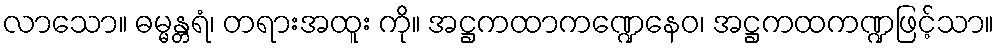
လာသော။ ဓမ္မန္တရံ၊ တရားအထူး ကို။ အဋ္ဌကထာကဏ္ဍေနေဝ၊ အဋ္ဌကထကဏ္ဍဖြင့်သာ။